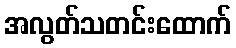
အလွတ်သတင်းထောက်